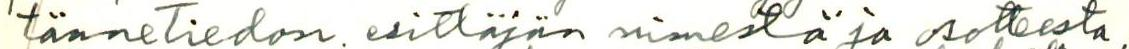
tänneTiedon esittäjän nimestä ja osotteesta,